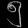
Digit: ၅